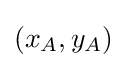
(x_{A},y_{A})